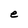
Character: e